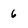
Character: 6